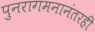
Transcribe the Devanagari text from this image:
पुनरागमनानंतरही